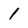
Character: 1